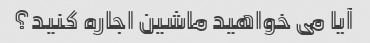
آیا می خواهید ماشین اجاره کنید؟